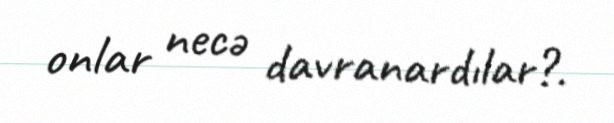
onlar necə davranardılar?.